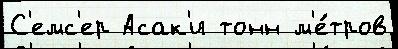
С'емс'ер Асак'и тонн м'е́тров